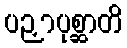
ပဉှာပုစ္ဆာတိ